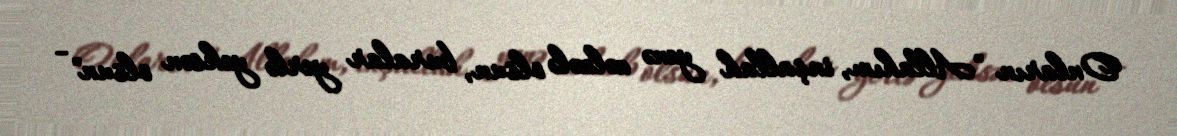
Onların "Allahım, inşallah yenə zəlzələ olsun, buralar yerlə yeksən olsun" -